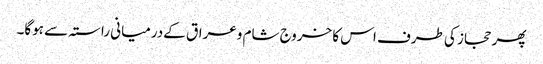
پھر حجاز کی طرف اس کا خروج شام وعراق کےدرمیانی راستہ سے ہوگا۔